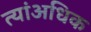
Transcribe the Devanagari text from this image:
त्यांअधिक